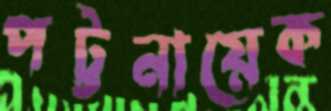
পট্টনায়েক